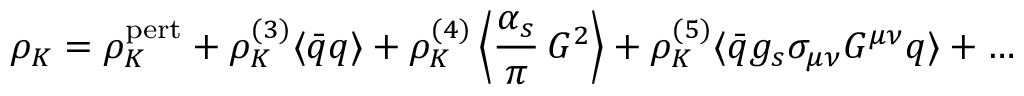
\rho _ { K } = \rho _ { K } ^ { \mathrm { p e r t } } + \rho _ { K } ^ { ( 3 ) } \langle \bar { q } q \rangle + \rho _ { K } ^ { ( 4 ) } \left\langle \frac { \alpha _ { s } } { \pi } \, G ^ { 2 } \right\rangle + \rho _ { K } ^ { ( 5 ) } \langle \bar { q } g _ { s } \sigma _ { \mu \nu } G ^ { \mu \nu } q \rangle + \dots